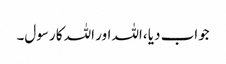
جواب دیا ،اللہ اور اللہ کا رسول۔